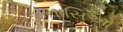
ઇનાસિઓ